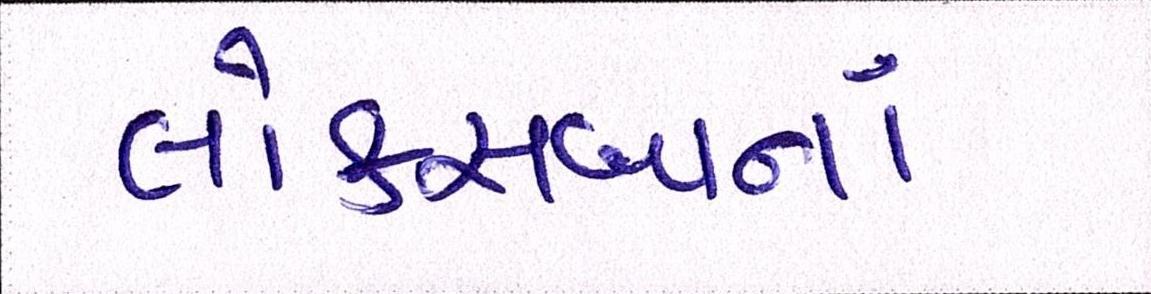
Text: લોકસબાનાં